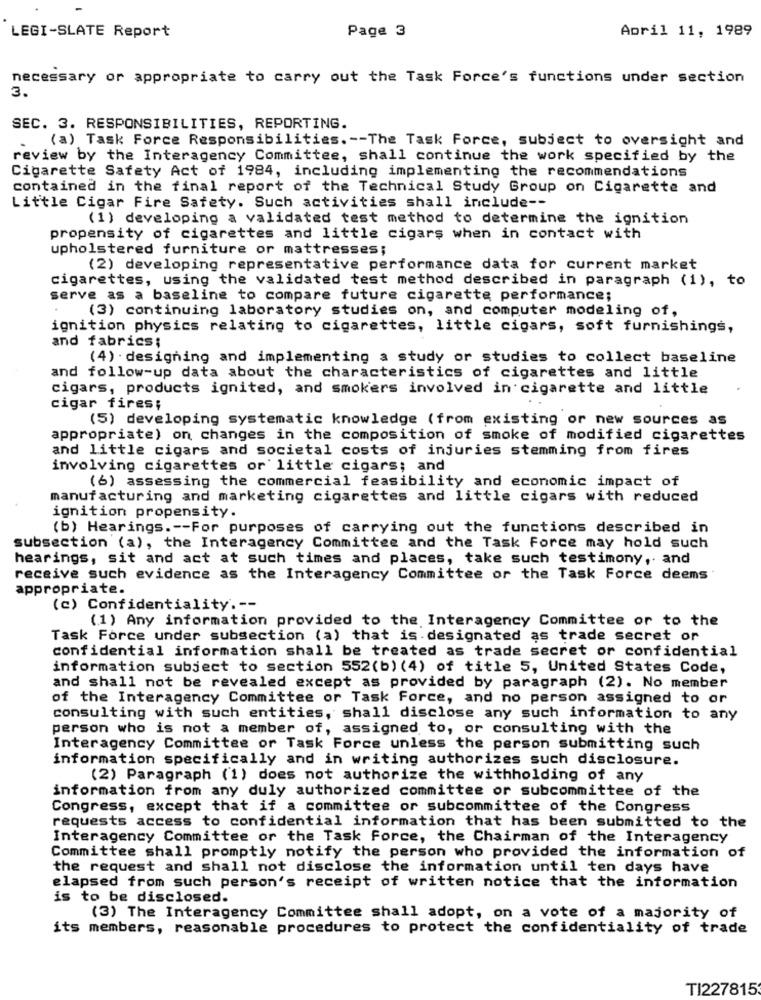
LEGI-SLATE Report
Page 3
April 11, 1989
necessary or appropriate to carry out the Task Force's functions under section
3.
SEC. 3. RESPONSIBILITIES, REPORTING.
(a) Task Force Responsibilities .-- The Task Force, subject to oversight and
-
review by the Interagency Committee, shall continue the work specified by the
Cigarette Safety Act of 1984, including implementing the recommendations
contained in the final report of the Technical Study Group on Cigarette and
Little Cigar Fire Safety. Such activities shall include --
(1) developing a validated test method to determine the ignition
propensity of cigarettes and little cigars when in contact with
upholstered furniture or mattresses;
(2) developing representative performance data for current market
cigarettes, using the validated test method described in paragraph (1), to
serve as a baseline to compare future cigarette performance;
(3) continuing laboratory studies on, and computer modeling of,
ignition physics relating to cigarettes, little cigars, soft furnishings,
and fabrics;
(4) designing and implementing a study or studies to collect baseline
and follow-up data about the characteristics of cigarettes and little
cigars, products ignited, and smokers involved in cigarette and little
cigar fires;
(5) developing systematic knowledge (from existing or new sources as
appropriate) on changes in the composition of smoke of modified cigarettes
and little cigars and societal costs of injuries stemming from fires
involving cigarettes or little cigars; and
(6) assessing the commercial feasibility and economic impact of
manufacturing and marketing cigarettes and little cigars with reduced
ignition propensity.
(b) Hearings .-- For purposes of carrying out the functions described in
subsection (a), the Interagency Committee and the Task Force may hold such
hearings, sit and act at such times and places, take such testimony, and
receive such evidence as the Interagency Committee or the Task Force deems
appropriate.
(c) Confidentiality .--
(1) Any information provided to the Interagency Committee or to the
Task Force under subsection (a) that is designated as trade secret or
confidential information shall be treated as trade secret or confidential
information subject to section 552(b) (4) of title 5, United States Code,
and shall not be revealed except as provided by paragraph (2). No member
of the Interagency Committee or Task Force, and no person assigned to or
consulting with such entities, shall disclose any such information to any
person who is not a member of, assigned to, or consulting with the
Interagency Committee or Task Force unless the person submitting such
information specifically and in writing authorizes such disclosure.
(2) Paragraph (1) does not authorize the withholding of any
information from any duly authorized committee or subcommittee of the
Congress, except that if a committee or subcommittee of the Congress
requests access to confidential information that has been submitted to the
Interagency Committee or the Task Force, the Chairman of the Interagency
Committee shall promptly notify the person who provided the information of
the request and shall not disclose the information until ten days have
elapsed from such person's receipt of written notice that the information
is to be disclosed.
(3) The Interagency Committee shall adopt, on a vote of a majority of
its members, reasonable procedures to protect the confidentiality of trade
TI227815